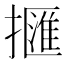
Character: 擓